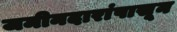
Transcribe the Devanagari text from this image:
जमीनदारांपासून